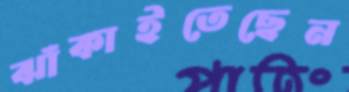
ঝাঁকাইতেছেন